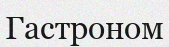
Гастроном